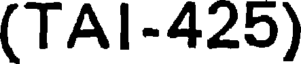
(TAI-425)